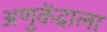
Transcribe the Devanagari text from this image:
अणुकेंद्राला